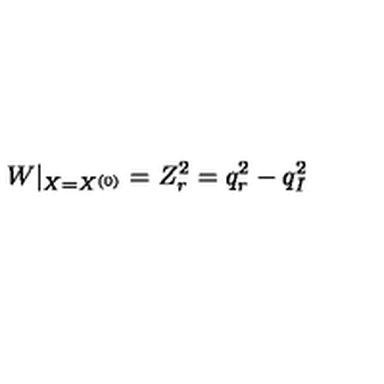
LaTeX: W | _ { X = X ^ { ( 0 ) } } = Z _ { r } ^ { 2 } = q _ { r } ^ { 2 } - q _ { I } ^ { 2 }